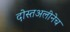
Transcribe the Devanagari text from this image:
दोस्तअलीनेच